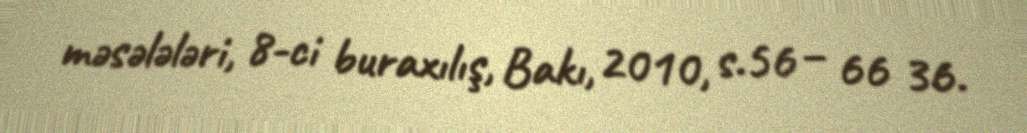
məsələləri, 8-ci buraxılış, Bakı, 2010, s.56 – 66 36.